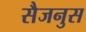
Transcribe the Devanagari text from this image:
सैजनुस